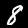
Label: 8